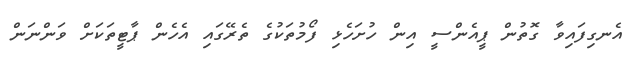
އެނގިފައިވާ ގޮތުން ޕީއެންސީ އިން ހުށަހެޅި ފޯމުތަކުގެ ތެރޭގައި އެހެން ޕާޓީތަކަށް ވަންނަން